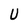
Character: U